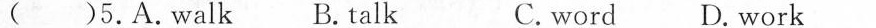
( )5.A.Walk B. talk C.word D. work